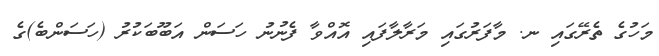
މަހުގެ ތެރޭގައި ނ. މާފަރުގައި މަރާލާފައި އޮއްވާ ފެނުނު ހަސަން އަބޫބަކުރު (ހަސަންބެ)ގެ